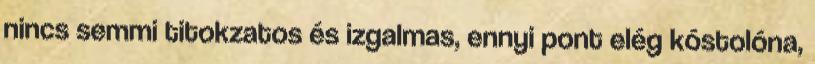
nincs semmi titokzatos és izgalmas, ennyi pont elég kóstolóna,